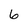
Character: 6